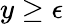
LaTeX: y\ge\epsilon